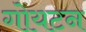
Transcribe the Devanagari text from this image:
गोयटन